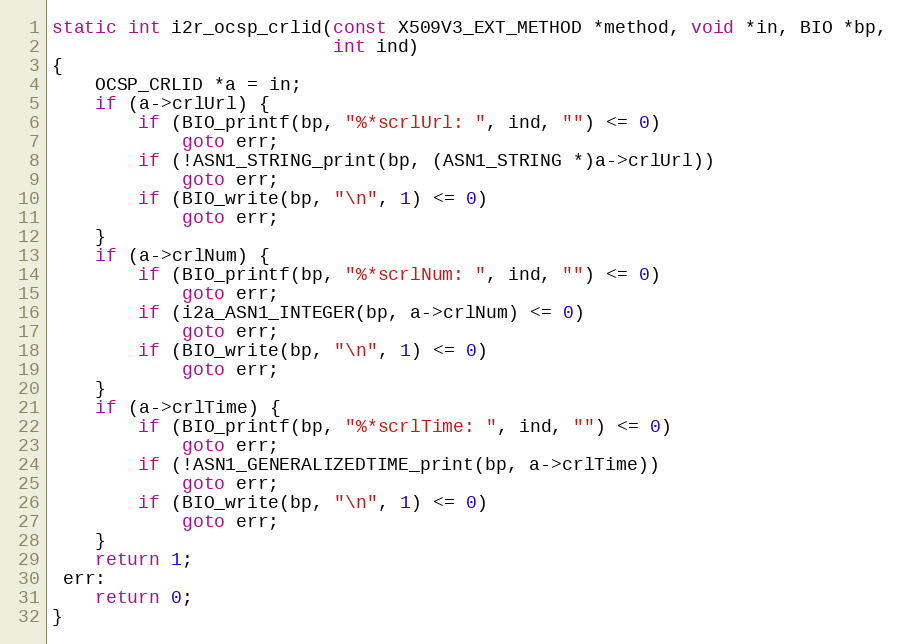
Language: C
static int i2r_ocsp_crlid(const X509V3_EXT_METHOD *method, void *in, BIO *bp,
                          int ind)
{
    OCSP_CRLID *a = in;
    if (a->crlUrl) {
        if (BIO_printf(bp, "%*scrlUrl: ", ind, "") <= 0)
            goto err;
        if (!ASN1_STRING_print(bp, (ASN1_STRING *)a->crlUrl))
            goto err;
        if (BIO_write(bp, "\n", 1) <= 0)
            goto err;
    }
    if (a->crlNum) {
        if (BIO_printf(bp, "%*scrlNum: ", ind, "") <= 0)
            goto err;
        if (i2a_ASN1_INTEGER(bp, a->crlNum) <= 0)
            goto err;
        if (BIO_write(bp, "\n", 1) <= 0)
            goto err;
    }
    if (a->crlTime) {
        if (BIO_printf(bp, "%*scrlTime: ", ind, "") <= 0)
            goto err;
        if (!ASN1_GENERALIZEDTIME_print(bp, a->crlTime))
            goto err;
        if (BIO_write(bp, "\n", 1) <= 0)
            goto err;
    }
    return 1;
 err:
    return 0;
}